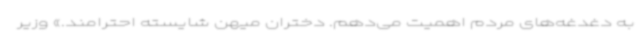
به دغدغه‌های مردم اهمیت می‌دهم‌. دختران میهن شایسته احترامند.» وزیر